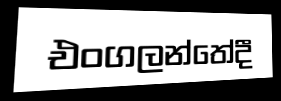
එංගලන්තේදී